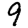
Digit: 9